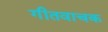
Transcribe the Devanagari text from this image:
गीतवाचक